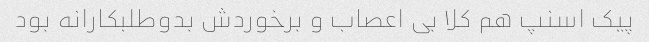
پیک اسنپ هم کلا بی اعصاب و‌ برخوردش بدو‌طلبکارانه بود